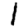
Digit: 1